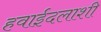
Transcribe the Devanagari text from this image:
हवाईदलाशी